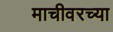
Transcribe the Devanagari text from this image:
माचीवरच्या